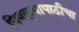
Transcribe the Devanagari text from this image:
पिवळ्यापाठीचा